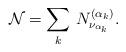
LaTeX: \begin{align*}{\mathcal N}=\sum_k\,N^{(\alpha_k)}_{\nu_{\alpha_k}}.\end{align*}